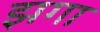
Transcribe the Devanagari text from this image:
झगा